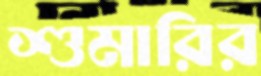
শুমারির